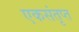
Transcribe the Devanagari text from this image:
एकसंतृप्त